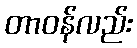
တာဝန်လည်း